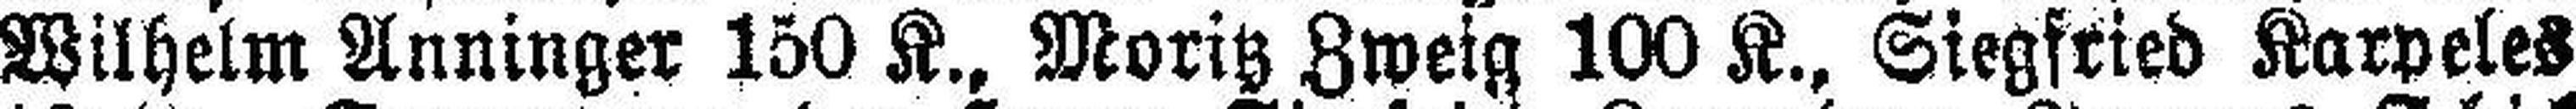
Wilhelm Anninger 150 K., Moritz Zweig 100 K., Siegfried Karpeles